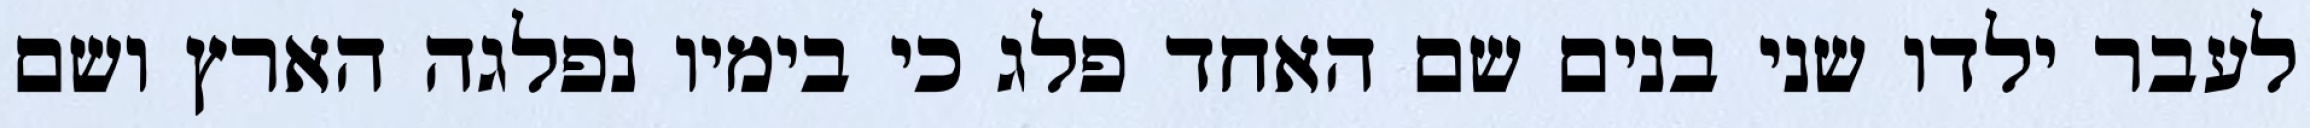
לעבר ילדו שני בנים שם האחד פלג כי בימיו נפלגה הארץ ושם